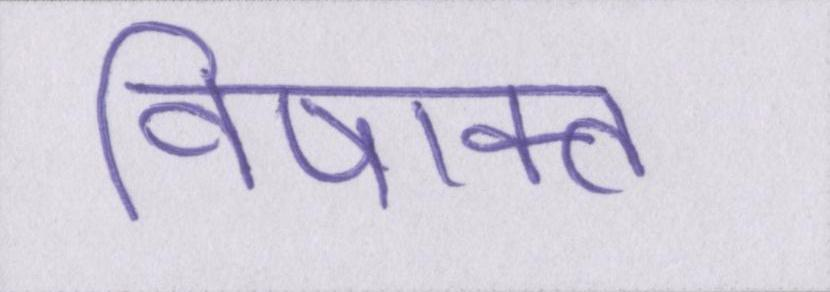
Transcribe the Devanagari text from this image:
विषाक्त